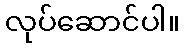
လုပ်ဆောင်ပါ။